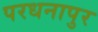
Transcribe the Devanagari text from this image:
परधनापुर